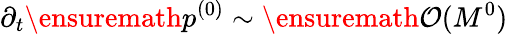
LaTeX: \partial_{t}\ensuremath{p^{(0)}}\sim\ensuremath{\mathcal{O}(M^{0})}